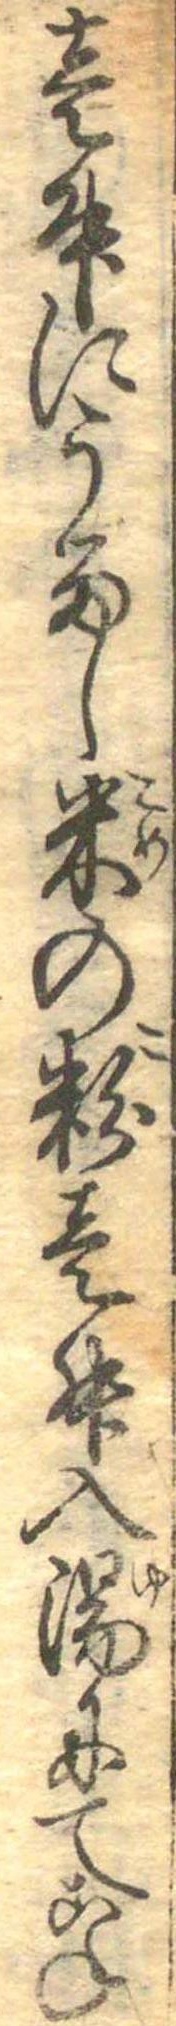
壱升にうるし米の粉壱升入湯にてこね